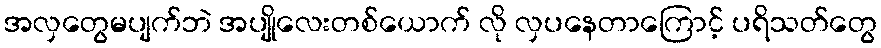
အလှတွေမပျက်ဘဲ အပျိုလေးတစ်ယောက် လို လှပနေတာကြောင့် ပရိသတ်တွေ